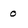
Character: 0